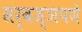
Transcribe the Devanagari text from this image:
सर्वज्ञपणे